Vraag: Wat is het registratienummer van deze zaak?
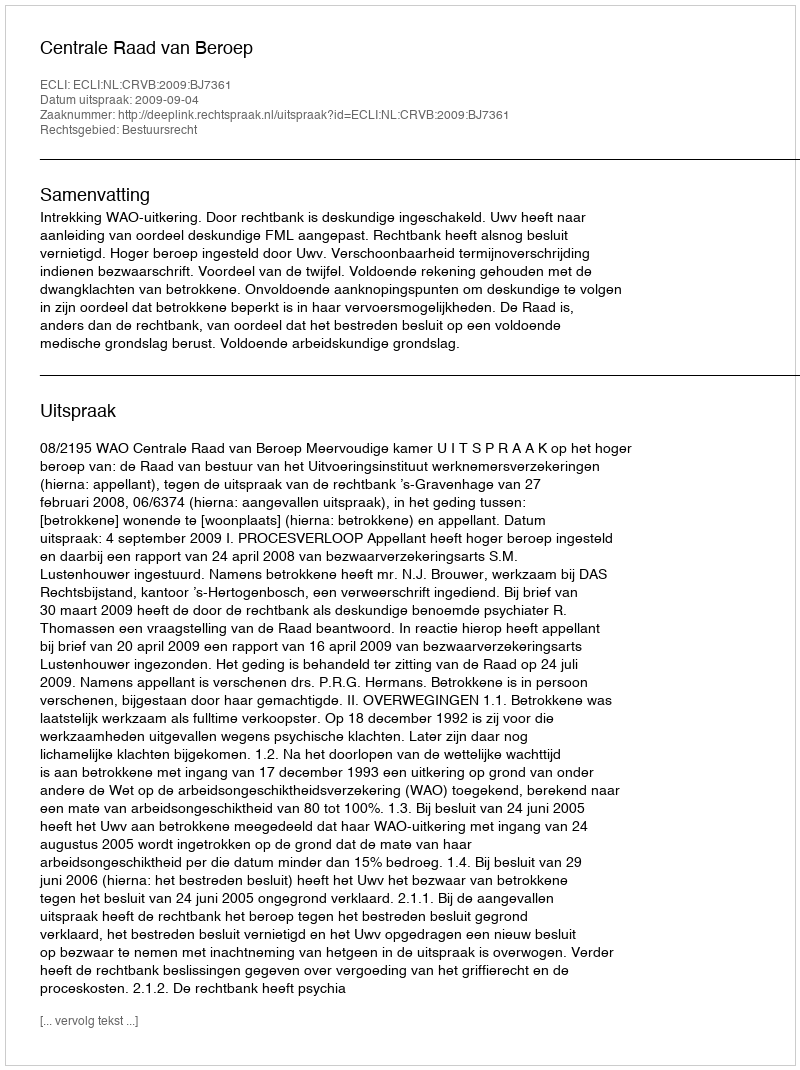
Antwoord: http://deeplink.rechtspraak.nl/uitspraak?id=ECLI:NL:CRVB:2009:BJ7361